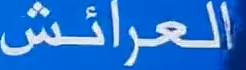
العرائش